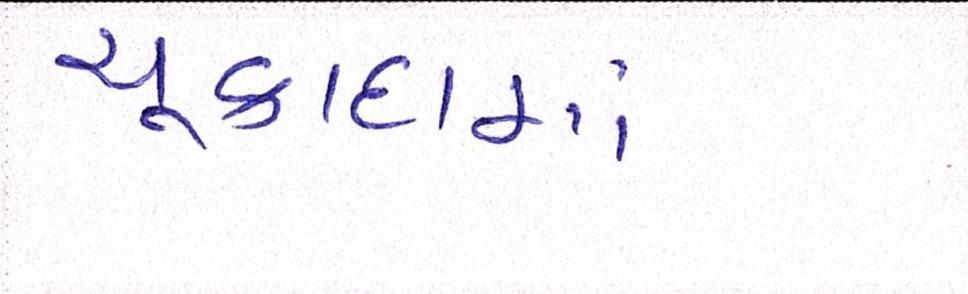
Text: ચૂકાદામાં